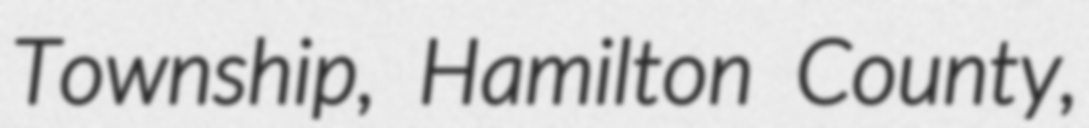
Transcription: Township, Hamilton County,